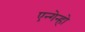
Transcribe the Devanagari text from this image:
एन्गेन्हो